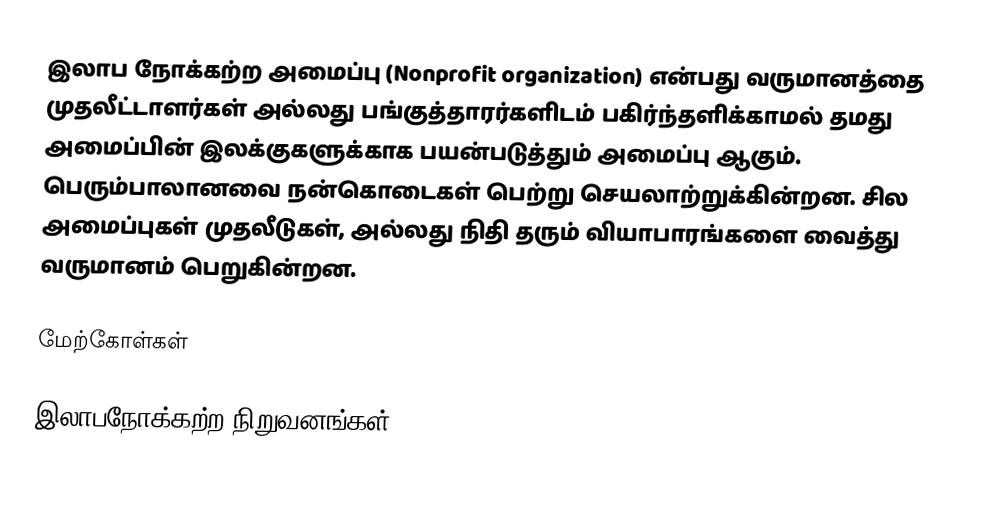
இலாப நோக்கற்ற அமைப்பு (Nonprofit organization) என்பது வருமானத்தை முதலீட்டாளர்கள் அல்லது பங்குத்தாரர்களிடம் பகிர்ந்தளிக்காமல் தமது அமைப்பின் இலக்குகளுக்காக பயன்படுத்தும் அமைப்பு ஆகும். பெரும்பாலானவை நன்கொடைகள் பெற்று செயலாற்றுக்கின்றன. சில அமைப்புகள் முதலீடுகள், அல்லது நிதி தரும் வியாபாரங்களை வைத்து வருமானம் பெறுகின்றன.

மேற்கோள்கள்

இலாபநோக்கற்ற நிறுவனங்கள்